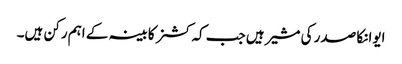
ایوانکا صدر کی مشیر ہیں جب کہ کشنر کابینہ کے اہم رکن ہیں۔